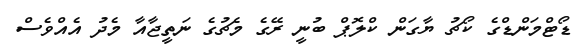
ޑޯޓްމަންޑްގެ ކޯޗު ޔާގަން ކްލޮޕް ބުނީ ރޭގެ މެޗުގެ ނަތީޖާއާ މެދު އެއްވެސް